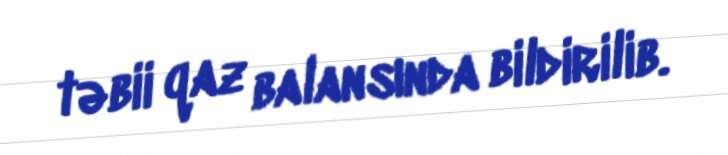
təbii qaz balansında bildirilib.